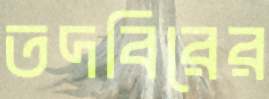
তদবিরের